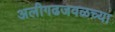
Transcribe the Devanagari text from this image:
अलीगढजवळच्या